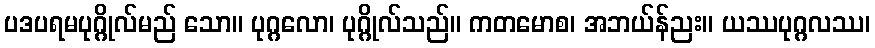
ပဒပရမပုဂ္ဂိုလ်မည် သော။ ပုဂ္ဂလော၊ ပုဂ္ဂိုလ်သည်။ ကတမောစ၊ အဘယ်န်ညး။ ယဿပုဂ္ဂလဿ၊